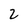
Character: 2